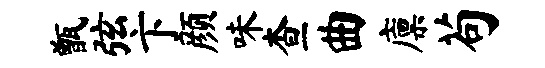
甑弦卞颜味查曲廪苟